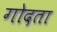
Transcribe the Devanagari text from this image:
गोदता